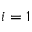
i = 1